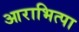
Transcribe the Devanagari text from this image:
आराभित्पा